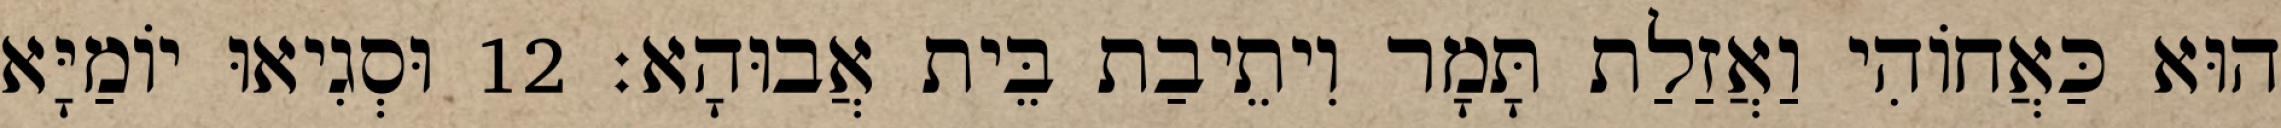
הוּא כַּאֲחוֹהִי וַאֲזַלַת תָּמָר וִיתֵיבַת בֵּית אֲבוּהָא׃ 12 וּסְגִיאוּ יוֹמַיָּא